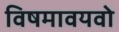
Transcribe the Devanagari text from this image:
विषमावयवो